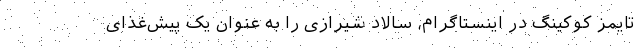
تایمز کوکینگ در اینستاگرام، سالاد شیرازی را به عنوان یک پیش‌غذای